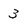
Character: 3